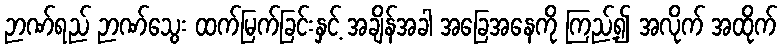
ဉာဏ်ရည် ဉာဏ်သွေး ထက်မြက်ခြင်းနှင့် အချိန်အခါ အခြေအနေကို ကြည့်၍ အလိုက် အထိုက်